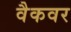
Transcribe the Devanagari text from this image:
वैकवर